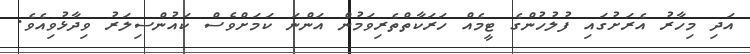
އަދި މިހާރު އެރަށުގައި ފުުލުހުންގެ ޓީމެއް ހަރަކާތްތެރިވަމުން އަންނަ ކަމަށްވެސް ކައުންސިލަރު ވިދާޅުވިއެވެ.